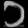
Digit: ၁